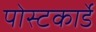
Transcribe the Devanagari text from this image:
पोस्टकार्डे